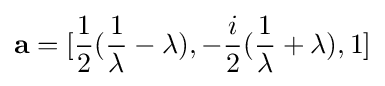
\mathbf {a} =[{\frac {1}{2}}({\frac {1}{\lambda }}-\lambda ),-{\frac {i}{2}}({\frac {1}{\lambda }}+\lambda ),1]